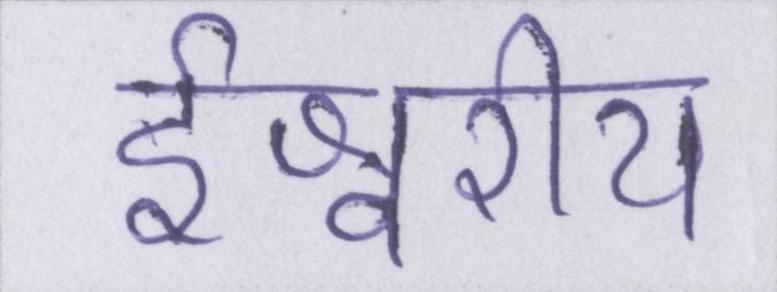
ईश्वरीय